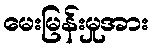
မေးမြန်းမှုအား